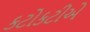
કટોકટીએ